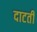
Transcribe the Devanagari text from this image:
दाटती